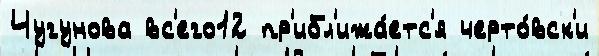
Чугунова вс'его12 пр'ибл'ижа́етс'я черто́вск'и